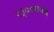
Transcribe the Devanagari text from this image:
२३००रुपये